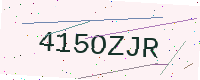
Text: 415OZJR